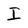
Character: I